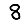
Digit: 8